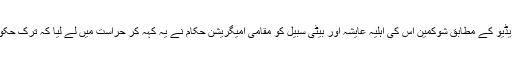
سوشل میڈیا پر بھیجی جانے والی ایک پرانی ویڈیو کے مطابق شوکمین اس کی اہلیہ عایشہ اور بیٹی سبیل کو مقامی امیگریشن حکام نے یہ کہہ کر حراست میں لے لیا کہ ترک حکومت نے ان کے پاسپورٹ منسوخ کر دیے ہیں۔